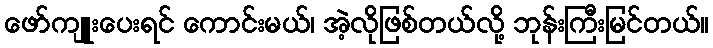
ဖော်ကျူးပေးရင် ကောင်းမယ်၊ အဲ့လိုဖြစ်တယ်လို့ ဘုန်းကြီးမြင်တယ်။